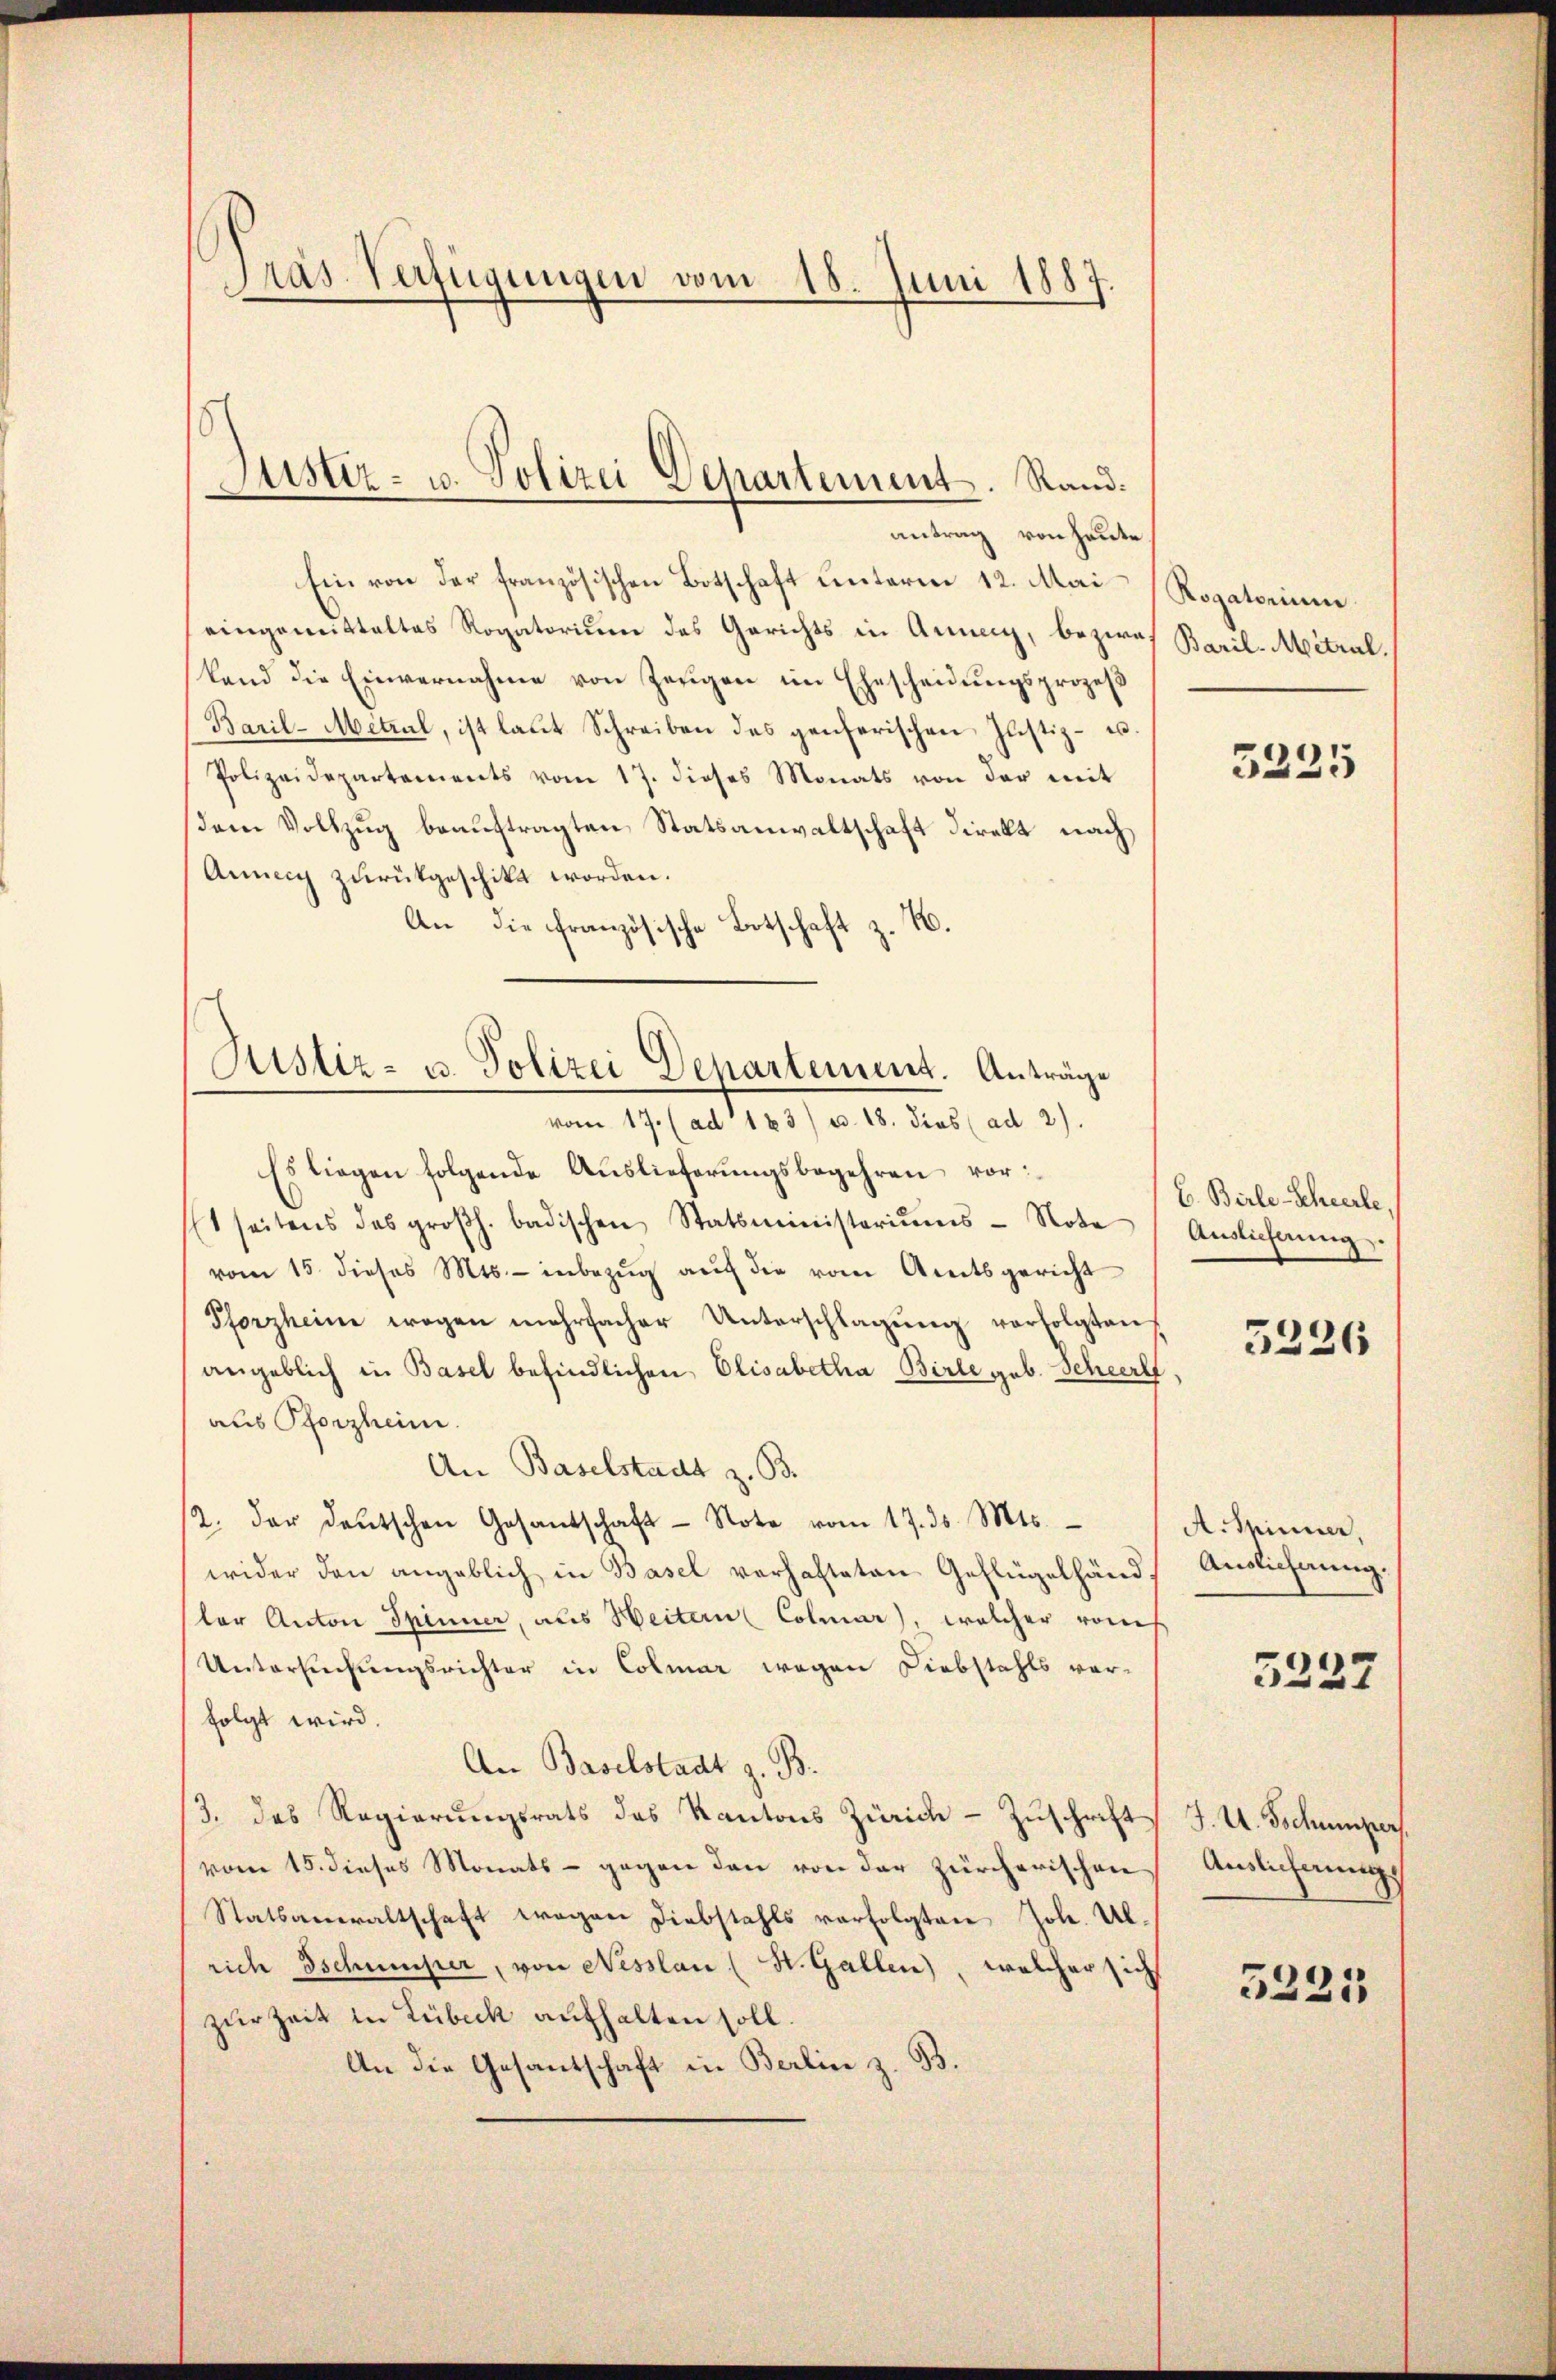
ras. Verfügungen vom 18. Juni 1887.

Ein von der französischen Botschaft unterm 12. Mai Rogatorium
eingemittaltes Rogatorium des Gerichts in Annen, bezwaf Baril-Mitrul.
land die Einvernahme von Zeugen im Ehescheidungsprozeß
Baril-Metzal, ist laut Schreiben des genferischen Justiz- u.
Polizeidepartements vom 17. dieses Monats von der mit
dem Vollzug beauftragten Statsanwaltschaft direkt nach
Aunay zurückgeschikt worden.
An die französische Botschaft z. B.
Es liegen folgende Auslieferŭngsbegehren vor:
t seitens des großh. badischen Statsministeriŭms Note
vom 15. dieses Mts. - inbezŭg aŭf die vom Amtsgericht
Pforzheim wegen mehrfacher Unterschlagŭng verfolgten
angeblich in Basel befindlichen Elisabetha Birle geb. Scheerl,
aus Pforzheim.
An Baselstadt z. B.
12. der deutschen Gesantschaft Note vom 17. ds. Mts.
wider den angeblich in Basel verhafteten Geflügelhändlor Anton Spinner, aus Weitern Colmar, welcher vones
Untersuchungsrichter in Colmar wegen Diebstahls vor-
folgt wird.
An Baselstadt z. B.
3. das Regierungsrats das Kantons Zürich - Zuschrift
vom 15. dieses Monats - gegen den von der zürcherischen
Statsanwaltschaft wegen Diebstahls verfolgten Joh. Ulrich schumper, von Nesslau (H. Gallen), welcher sich
zur Zeit in Lübeck aufhalten soll.
An die Gesantschaft in Berlin z. B.

Justiz- u. Polizei Departement. Rand.
antrag von heute

Justiz- u. Polizei Departement. Anträge
vom 17. (ad 123) u. 18. dies (ad 2).

5225

C. Birle-Scheerle,
Auslieferung.

5226

A. Minner,
Auslieferung.

3237

J. U. Tschumper
Auslichnung

5221